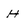
Character: H